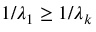
1 / \lambda _ { 1 } \ge 1 / \lambda _ { k }